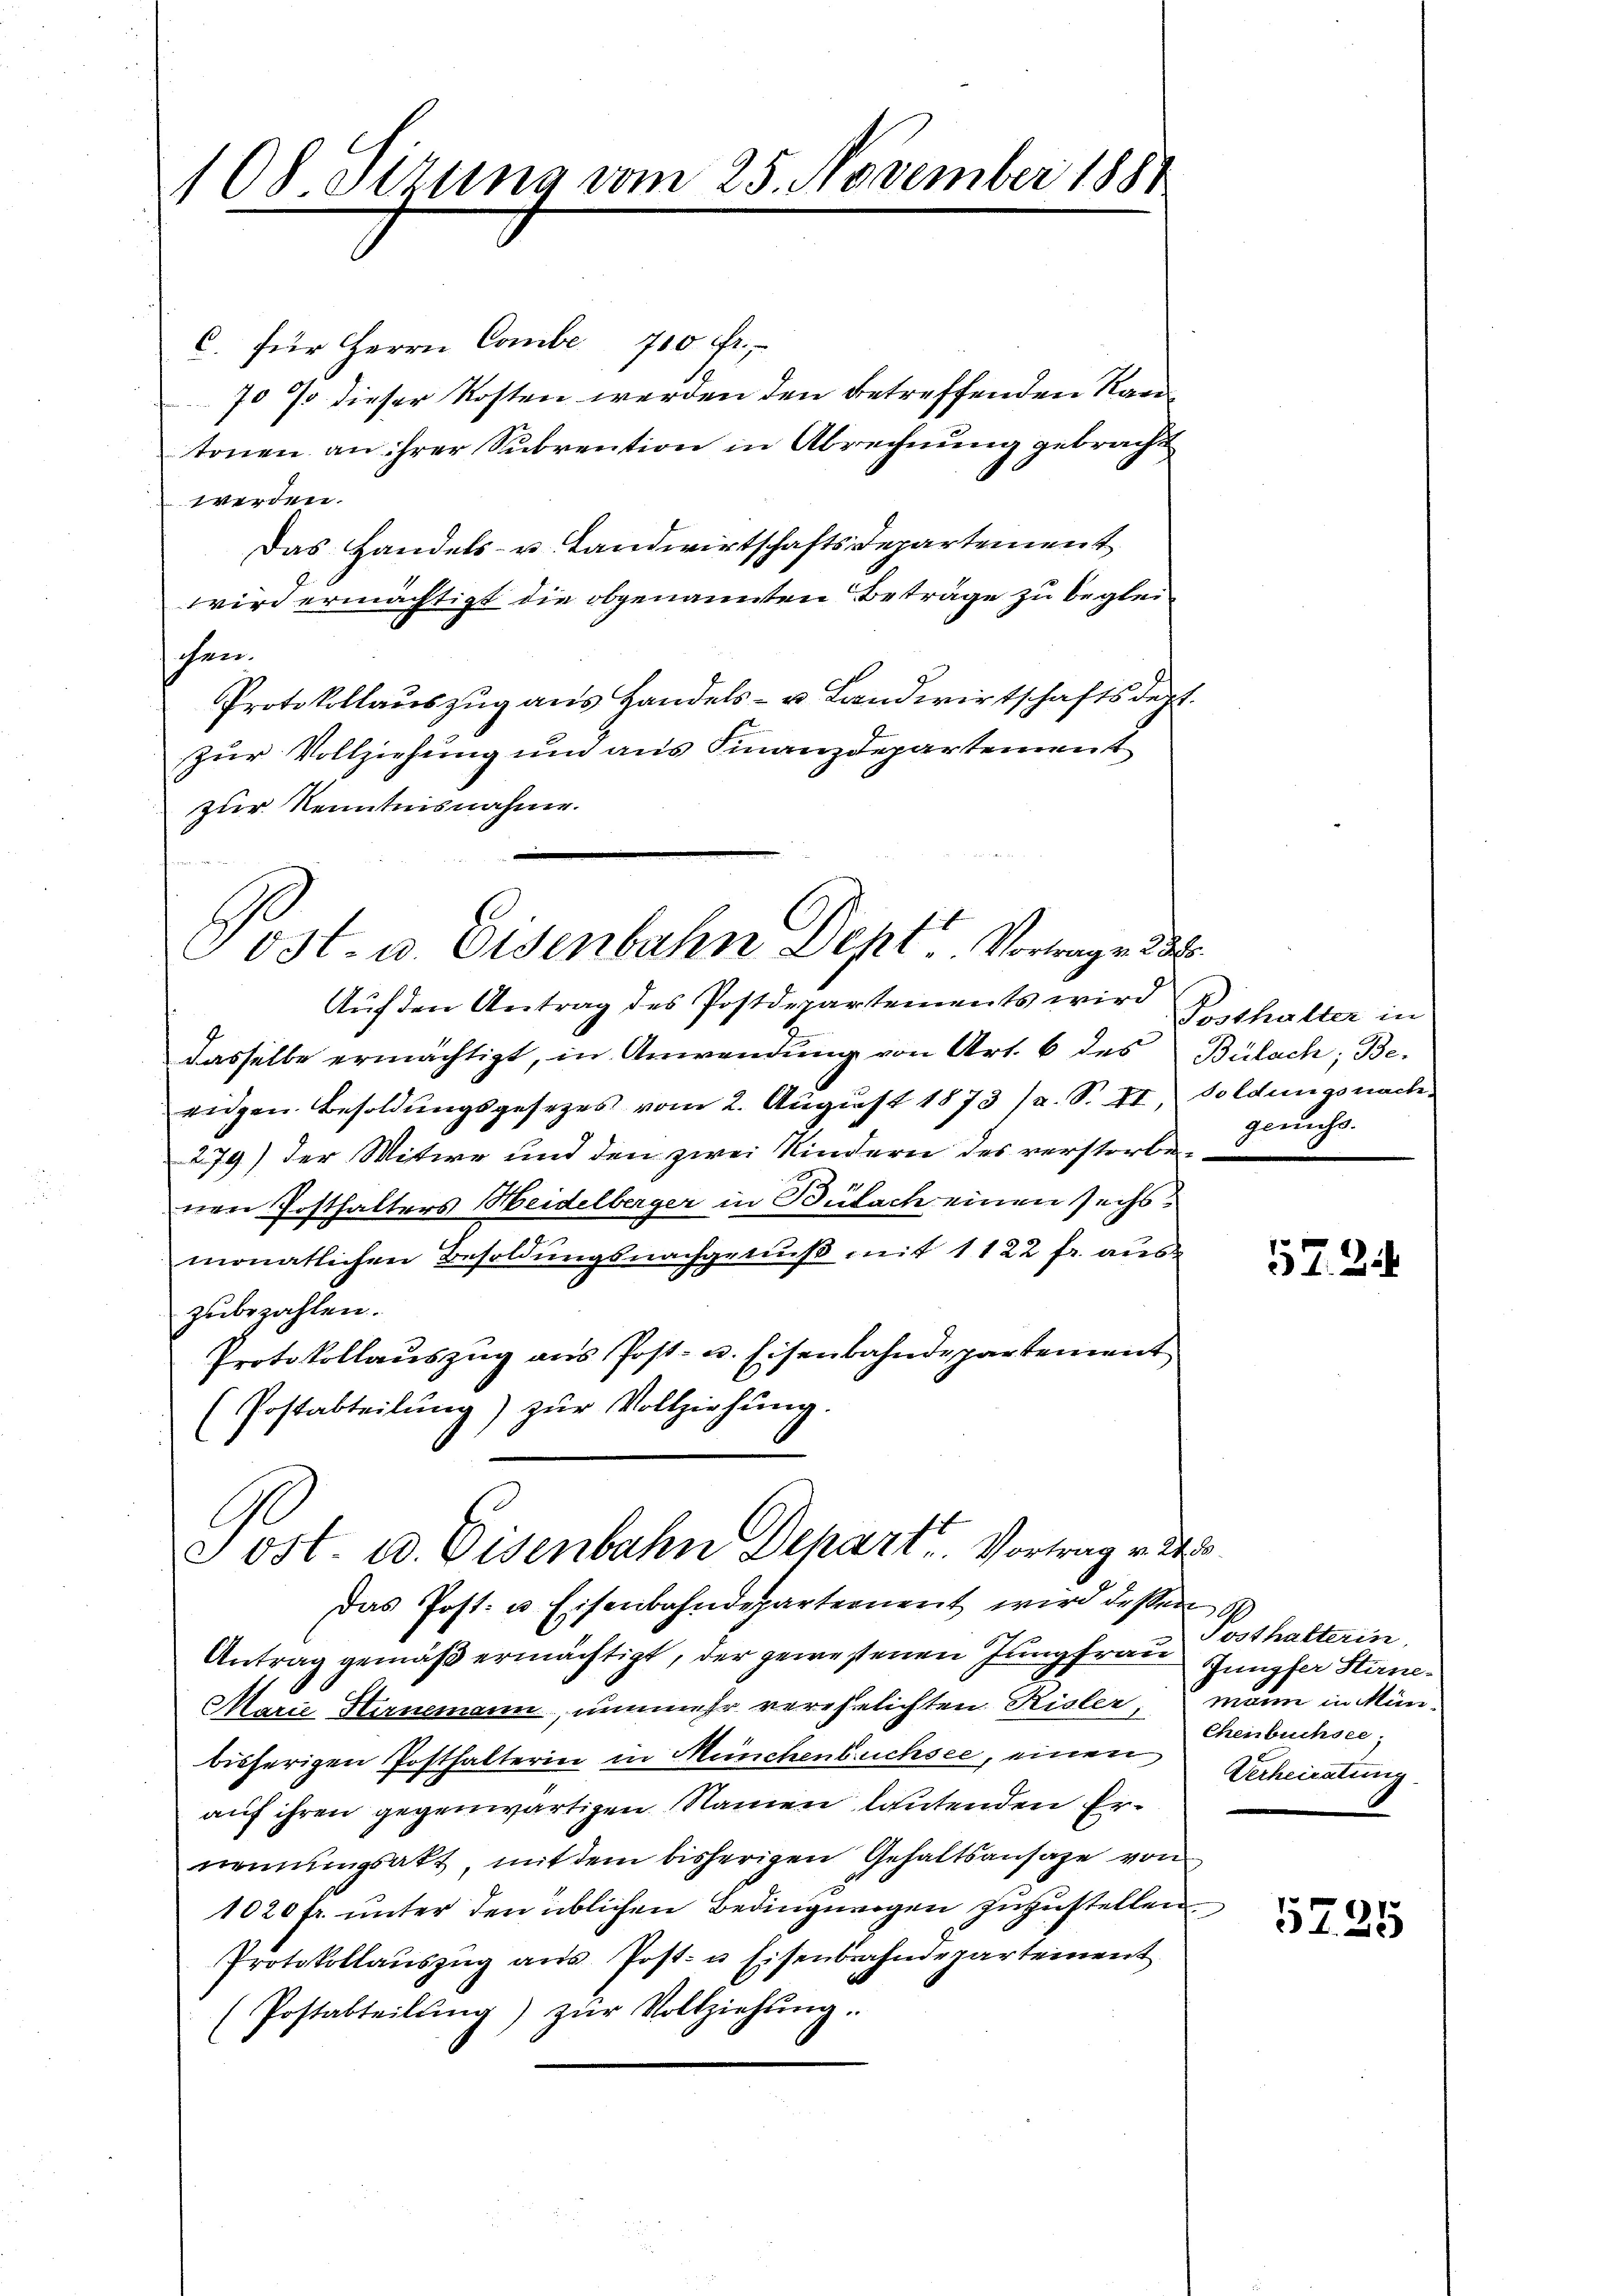
108 Sizung vom 25. November 1881

C. für Herrn Combe 710 fr.
70 7 dieser Kosten werden den betreffenden Kantonen an ihrer Subrention in Abrechnung gebracht
werden.
Das Handels- u. Landwirtschaftsdepartement
wird ermächtigt die obgenannten Beträge zu begleischen.
Protokollauszug aus Handels- u. Landwirtschaftsdept.
zur Vollziehung und aus Finanzdepartement
zur Kenntnisnahme.

Post- u. Eisenbahn Dept Vortrage d

Auf den Antrag des Postdepartements wird
dasselbe ermächtigt, in Anwendung von Art. 6 des Bülach, Be-
eidgen. Besoldungsgesetzes vom 2. August 1873 (s. S. II. Soldungsnach
279) der Witwe und den zwei Kindern des verstorbenen Posthalters Heidelberger in Bülach einen sechse
monatlichen Besoldungsnachgenuß mit 1122 fr. auszubezahlen.
Protokollauszug aus Post- u. Eisenbahndepartement
(Postabteilung) zŭr Vollziehung.
Antrag gemäß ermächtigt, der gewesenen Jungfrau Jungfer Stirne¬
Marie Hirnemann, nunmehr verehelichten Risler, mann in Münbisherigen Posthalterin in Münchenbuchsee, einen Verheiratung
auf ihren gegenwärtigen Namen lautenden Ernonungsakt, mit dem bisherigen Gehaltsansage von
1020 fr. unter den üblichen Bedingungen zuzustellen.
Protokollaŭszŭg aŭs Post- u Eisenbahndepartement
(Postabteilŭng) zŭr Vollziehŭng.

ost. 10. Eisenbahn Depart. Vortrag v. 24
Das Post- u. Eisenbahndepartement wird deßen

Posthalter in
genuss.

57. 2

Tosthalterin,
Chenbuchsee

5725